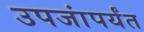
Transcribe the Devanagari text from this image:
उपजांपर्यंत